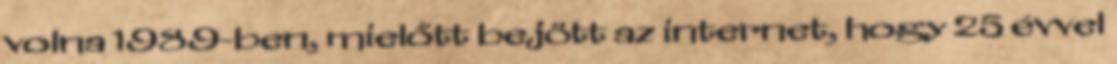
volna 1989-ben, mielőtt bejött az internet, hogy 25 évvel